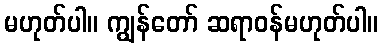
မဟုတ်ပါ။ ကျွန်တော် ဆရာဝန်မဟုတ်ပါ။